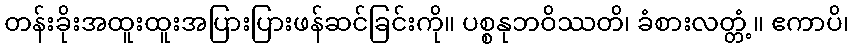
တန်းခိုးအထူးထူးအပြားပြားဖန်ဆင်ခြင်းကို။ ပစ္စနုဘဝိဿတိ၊ ခံစားလတ္တံ့။ ဧကာပိ၊